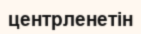
центрленетін